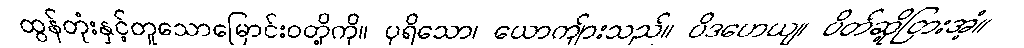
ထွန်တုံးနှင့်တူသောမြောင်းဝတို့ကို။ ပုရိသော၊ ယောကျ်ားသည်။ ပိဒဟေယျ၊ ပိတ်ဆို့ငြားအံ့။